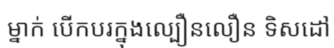
ម្នាក់ បើកបរក្នុងល្បឿនលឿន ទិសដៅ